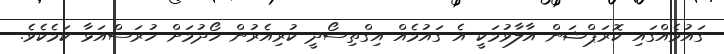
ގައުމެއްގައި ކޮރަޕްޝަން އާލާވުމަކީ އެ ގައުމެއް އިގްތިސޯދީ ކުރިއެރުން ހޯދުމަށް ހުރަސްއަޅާ ކަމެކެވެ.